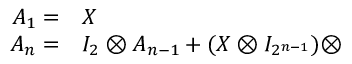
\begin{array} { r l } { A _ { 1 } = } & { { } X } \\ { A _ { n } = } & { { } I _ { 2 } \otimes A _ { n - 1 } + ( X \otimes I _ { 2 ^ { n - 1 } } ) \otimes } \end{array}